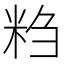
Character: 𬖖